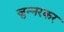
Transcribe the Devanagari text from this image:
जुन्नरकर